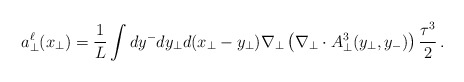
\begin{align*}{a}_{\bot}^{\ell}(x_{\bot}) = \frac{1}{L} \int dy^- dy_{\bot}d(x_{\bot}-y_{\bot}) \nabla_{\bot}\left( \nabla_{\bot} \cdot A_{\bot}^3({y}_{\bot}, y_-) \right) \frac{\tau^3}{2} \,.\end{align*}